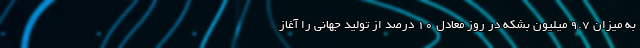
به میزان ۹.۷ میلیون بشکه در روز معادل ۱۰ درصد از تولید جهانی را آغاز